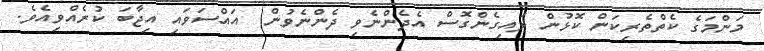
މަންމަގެ ކެތްތެރިކަން ކޮޅުން ލައިގެންގޮސް އެދެންނެވި ދެންނެވުން  އައްސަވައި އިޖާބަ ކުރެއްވިއެވެ.